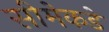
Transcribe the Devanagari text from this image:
सीमेकडे